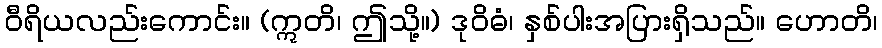
ဝီရိယလည်းကောင်း။ (ဣတိ၊ ဤသို့။) ဒုဝိဓံ၊ နှစ်ပါးအပြားရှိသည်။ ဟောတိ၊